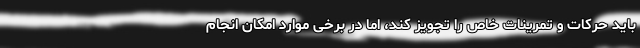
باید حرکات و تمرینات خاص را تجویز کند، اما در برخی موارد امکان انجام